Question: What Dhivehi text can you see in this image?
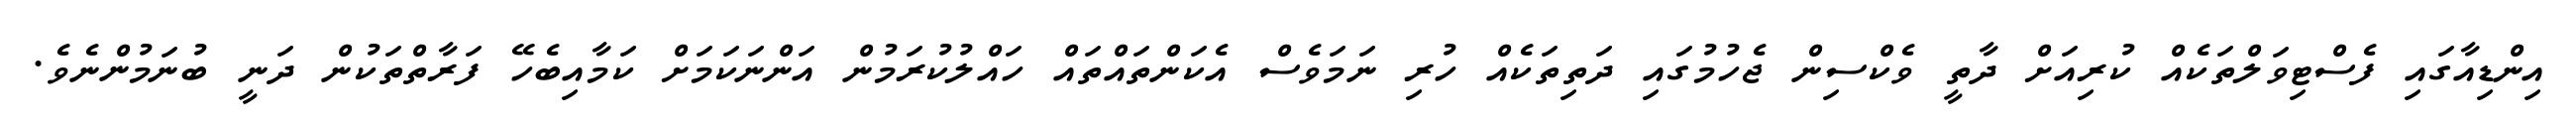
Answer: އިންޑިއާގައި ފެސްޓިވަލްތަކެއް ކުރިއަށް ދާތީ ވެކްސިން ޖެހުމުގައި ދަތިތަކެއް ހުރި ނަމަވެސް އެކަންތައްތައް ހައްލުކުރަމުން އަންނަކަމަށް ކަމާއިބެހޭ ފަރާތްތަކުން ދަނީ ބުނަމުންނެވެ.